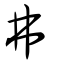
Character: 弗